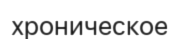
хроническое